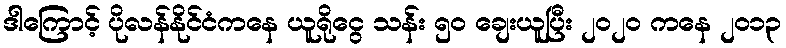
ဒါကြောင့် ပိုလန်နိုင်ငံကနေ ယူရိုငွေ သန်း ၅၀ ချေးယူပြီး ၂၀၂၀ ကနေ ၂၀၁၃